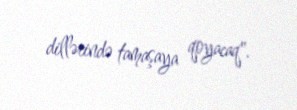
dillərində tamaşaya qoyacaq".